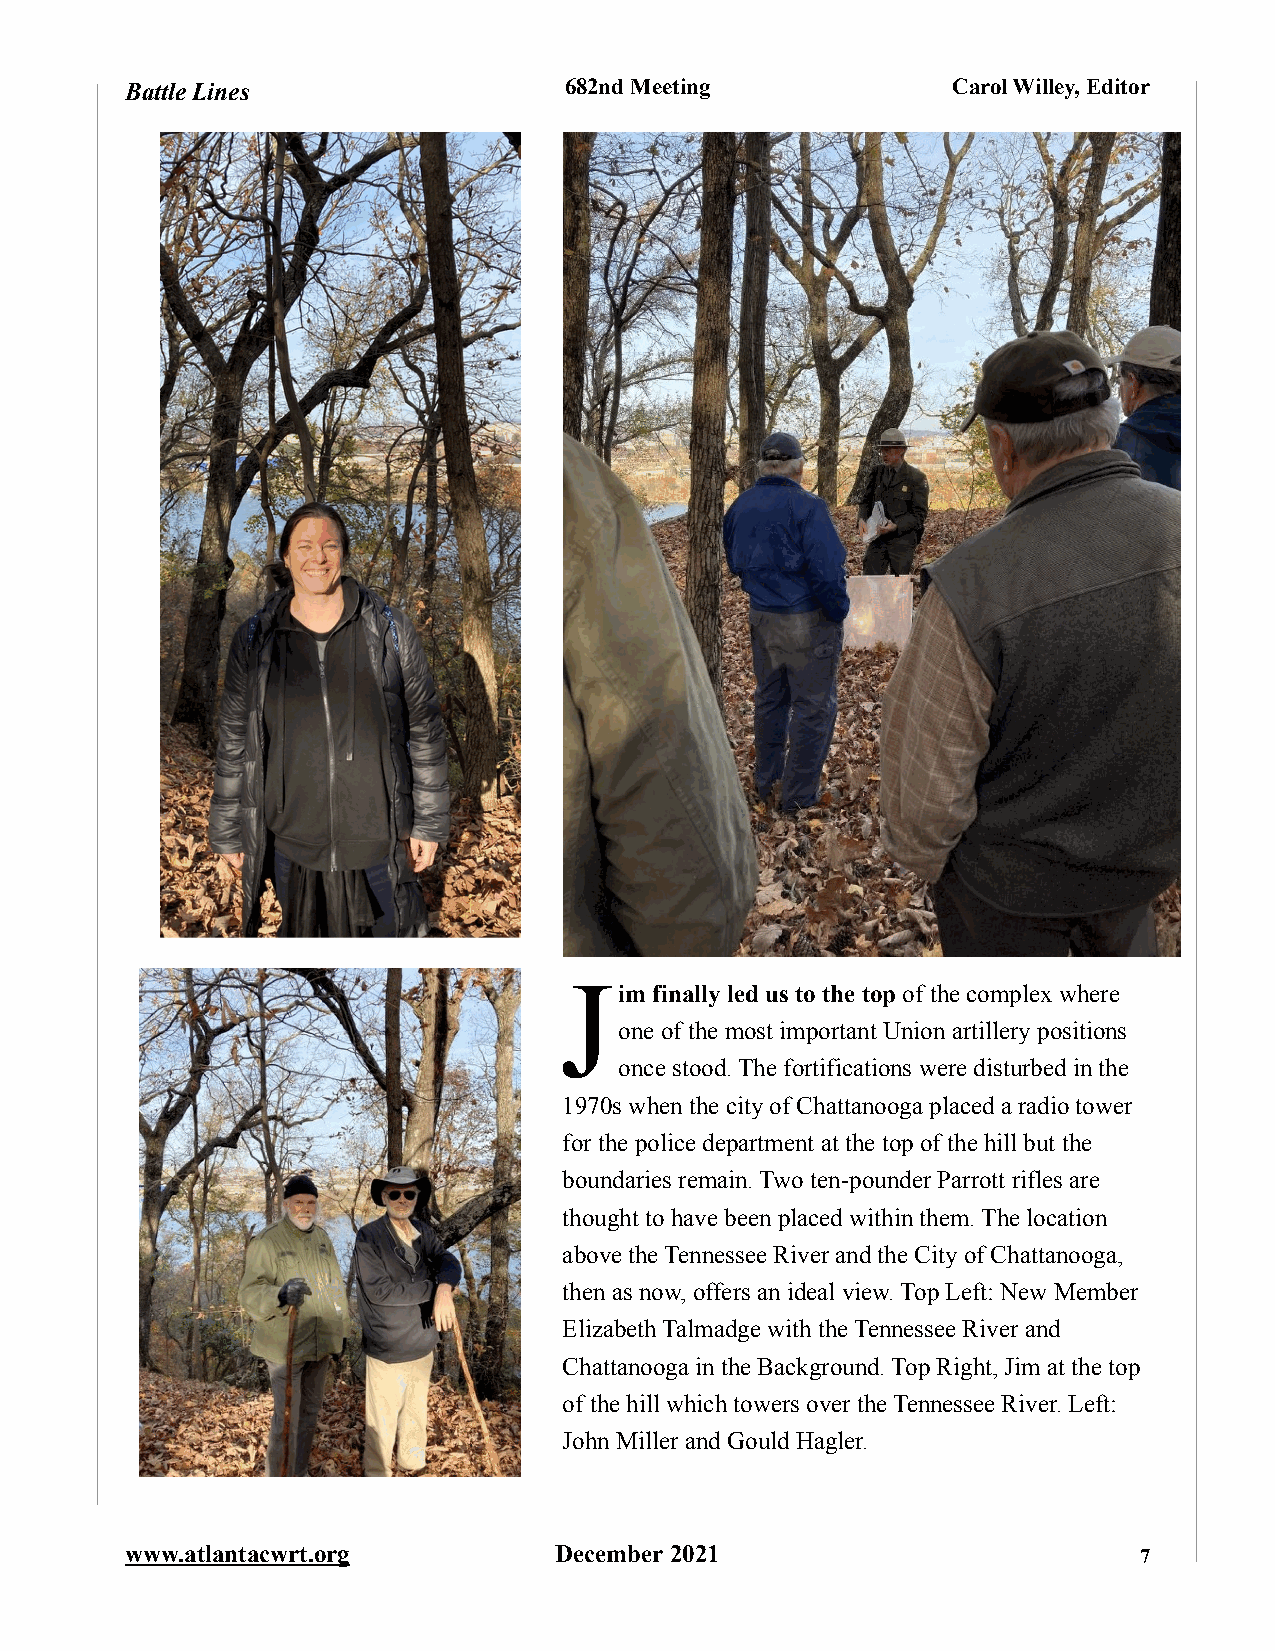
Battle Lines                 682nd Meeting             Carol Willey, Editor
 J
 im finally led us to the top of the complex where
 one of the most important Union artillery positions
 once stood. The fortifications were disturbed in the
 1970s when the city of Chattanooga placed a radio tower
 for the police department at the top of the hill but the
 boundaries remain. Two ten-pounder Parrott rifles are
 thought to have been placed within them. The location
 above the Tennessee River and the City of Chattanooga,
 then as now, offers an ideal view. Top Left: New Member
 Elizabeth Talmadge with the Tennessee River and
 Chattanooga in the Background. Top Right, Jim at the top
 of the hill which towers over the Tennessee River. Left:
 John Miller and Gould Hagler.
 www.atlantacwrt.org          December 2021                         7